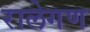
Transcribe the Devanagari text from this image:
रालेगण